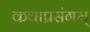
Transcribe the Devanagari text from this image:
कथाप्रसंगम्